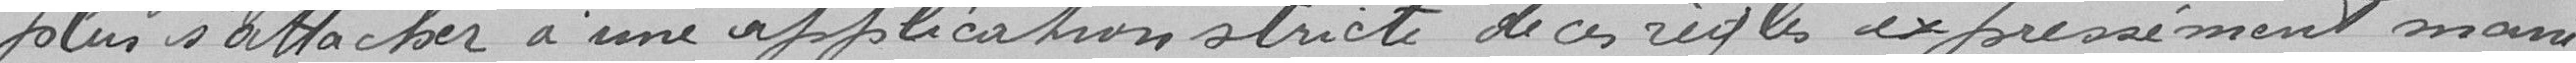
plus s'attacher à une application stricte de ces règles expressément mani-